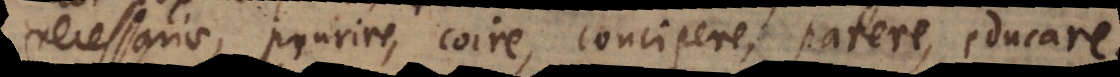
e, prurire, coire, concipere, patere, educare.